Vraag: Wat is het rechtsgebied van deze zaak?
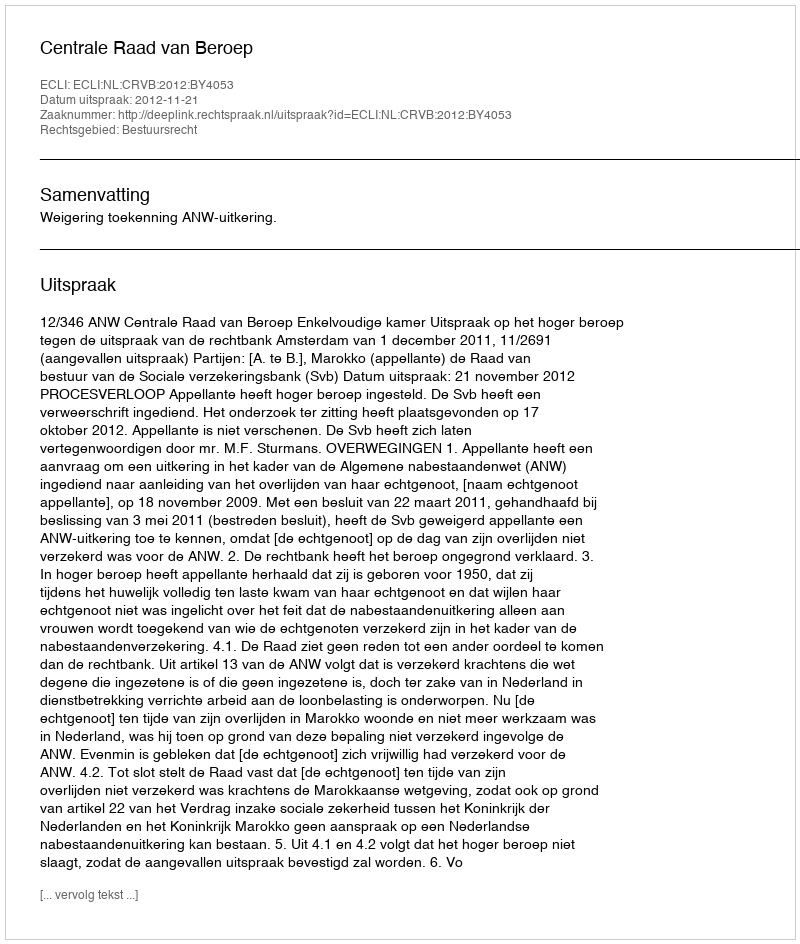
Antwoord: Bestuursrecht